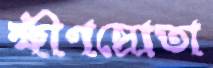
ক্ষীণস্রোতা